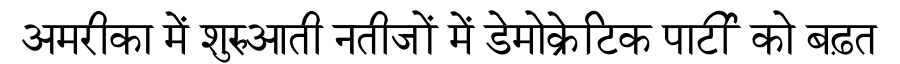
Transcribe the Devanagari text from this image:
अमरीका में शुरुआती नतीजों में डेमोक्रेटिक पार्टी को बढ़त